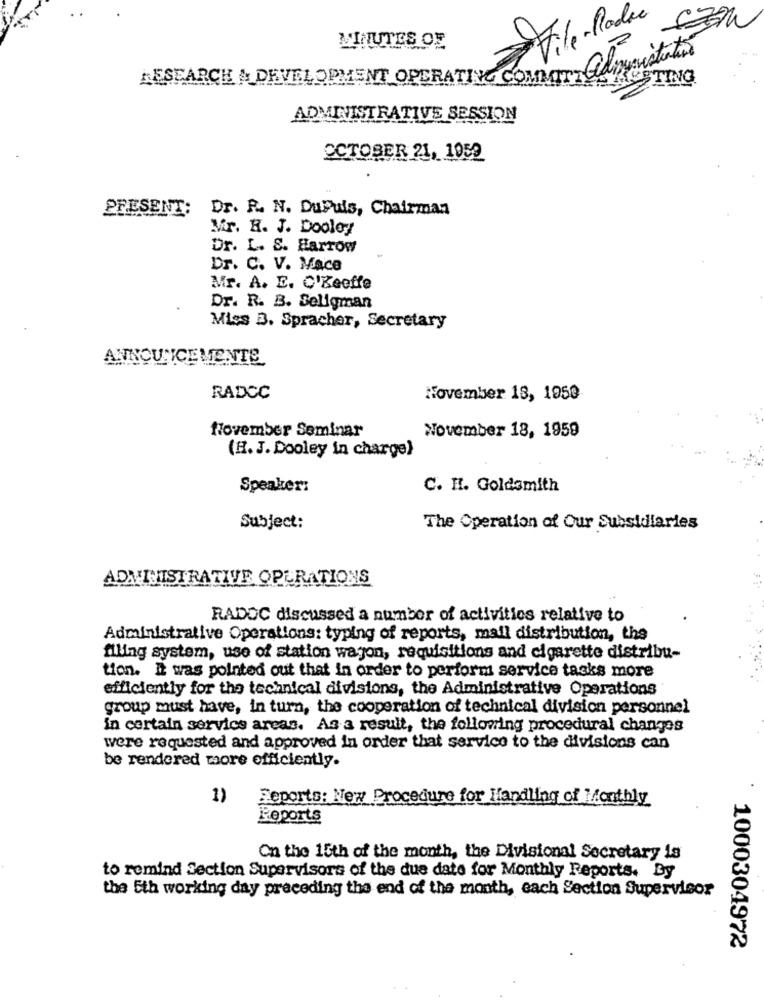
File -Pode
MINUTES OF
RESEARCH & DEVELOPMENT OPERATING COMME administration
SHEETING
ADMINISTRATIVE SESSION
OCTOBER 21, 1059
PRESENT:
Dr. R. N. DuPuis, Chairman
Mr. R. J. Dooley
Dr. L. S. Harrow
Dr. C. V. Mace
Mr. A. E. C'Keeffe
Dr. R. B. Seligman
Miss B. Spracher, Secretary
ANNOUNCEMENTS
RADCC
November 18, 1950
November Seminar
November 18, 1959
(B. J. Dooley in charge)
Speaker:
C. H. Goldsmith
Subject:
The Operation of Our Subsidiaries
ADMINISTRATIVE OPERATIONS
RADOC discussed a number of activities relative to
Administrative Operations: typing of reports, mail distribution, the
filling system, use of station wagon, requisitions and cigarette distribu-
tion. It was pointed out that in order to perform service tasks more
efficiently for the technical divisions, the Administrative Operations
group must have, in turn, the cooperation of technical division personnel
in certain service areas. As a result, the following procedural changes
were requested and approved in order that service to the divisions can
be rendered more efficiently.
1)
Reports: New Procedure for Handling of Monthly
Reports
On the 15th of the month, the Divisional Secretary is
to remind Section Supervisors of the due date for Monthly Reports. By
the 5th working day preceding the end of the month, each Section Supervisor
1000304972